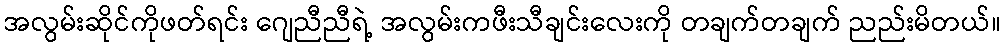
အလွမ်းဆိုင်ကိုဖတ်ရင်း ဂျေညီညီရဲ့ အလွမ်းကဖီးသီချင်းလေးကို တချက်တချက် ညည်းမိတယ်။